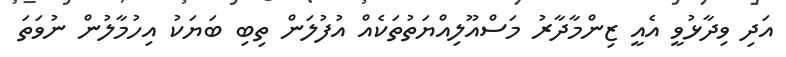
އަދި ވިދާޅުވީ އެއީ ޒިންމާދާރު މަސްއޫލިއްޔަތުތަކެއް އުފުލަން ތިބި ބަޔަކު އިހުމާލުން ނުވަތަ